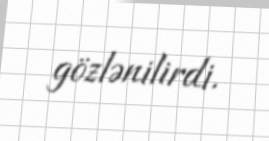
gözlənilirdi.